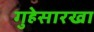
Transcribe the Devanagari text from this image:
गुहेसारखा